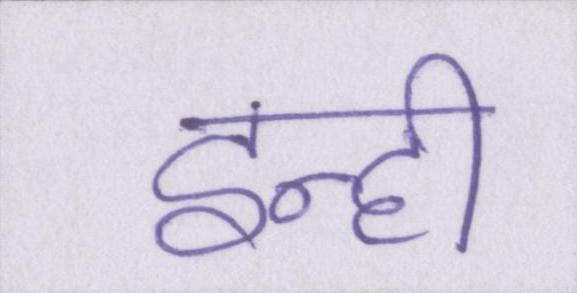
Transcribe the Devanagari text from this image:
इन्ही